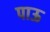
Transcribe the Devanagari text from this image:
पाऊ